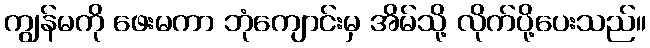
ကျွန်မကို ဖေးမကာ ဘုံကျောင်းမှ အိမ်သို့ လိုက်ပို့ပေးသည်။